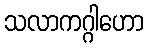
သလာကဂ္ဂါဟော